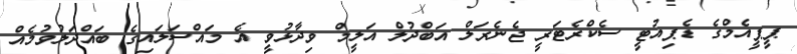
ޕީޕީއެމްގެ ޑެޕިއުޓީ ސެކްރެޓަރީ ޖެނެރަލް އަބްދުލް އަލީމް ވިދާޅުވީ އެ މައްސަލައިގެ ބައްދަލުވުމެއް